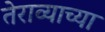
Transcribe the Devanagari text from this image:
तेराव्याच्या